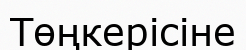
Төңкерісіне